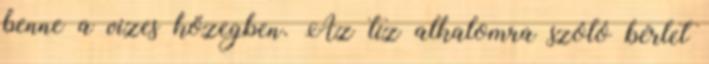
benne a vizes közegben. Az tíz alkalomra szóló bérlet